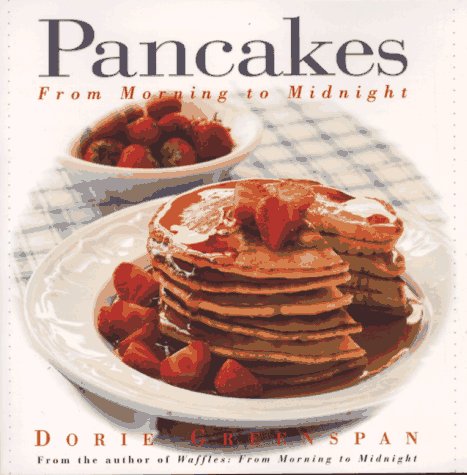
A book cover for Pancakes: From Morning to Midnight; Dorie Greenspan; Cookbooks, Food & Wine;